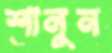
শানুন